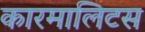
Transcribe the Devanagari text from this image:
कारमालिटस